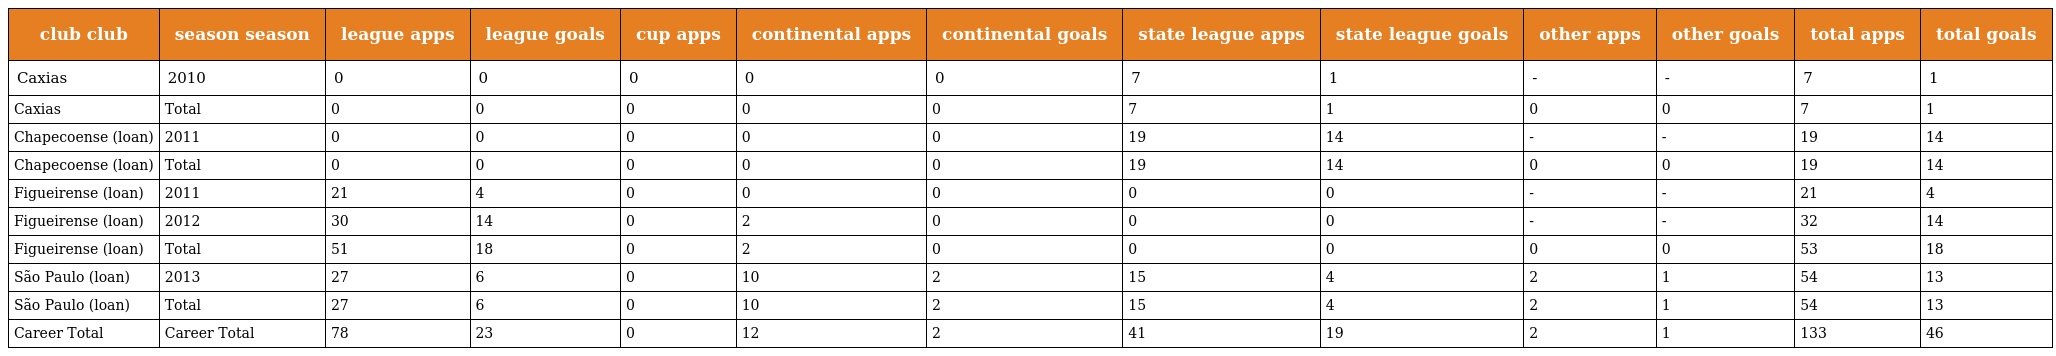
| club club | season season | league apps | league goals | cup apps | continental apps | continental goals | state league apps | state league goals | other apps | other goals | total apps | total goals |
 | --- | --- | --- | --- | --- | --- | --- | --- | --- | --- | --- | --- | --- |
 | Caxias | 2010 | 0 | 0 | 0 | 0 | 0 | 7 | 1 | - | - | 7 | 1 |
 | Caxias | Total | 0 | 0 | 0 | 0 | 0 | 7 | 1 | 0 | 0 | 7 | 1 |
 | Chapecoense (loan) | 2011 | 0 | 0 | 0 | 0 | 0 | 19 | 14 | - | - | 19 | 14 |
 | Chapecoense (loan) | Total | 0 | 0 | 0 | 0 | 0 | 19 | 14 | 0 | 0 | 19 | 14 |
 | Figueirense (loan) | 2011 | 21 | 4 | 0 | 0 | 0 | 0 | 0 | - | - | 21 | 4 |
 | Figueirense (loan) | 2012 | 30 | 14 | 0 | 2 | 0 | 0 | 0 | - | - | 32 | 14 |
 | Figueirense (loan) | Total | 51 | 18 | 0 | 2 | 0 | 0 | 0 | 0 | 0 | 53 | 18 |
 | São Paulo (loan) | 2013 | 27 | 6 | 0 | 10 | 2 | 15 | 4 | 2 | 1 | 54 | 13 |
 | São Paulo (loan) | Total | 27 | 6 | 0 | 10 | 2 | 15 | 4 | 2 | 1 | 54 | 13 |
 | Career Total | Career Total | 78 | 23 | 0 | 12 | 2 | 41 | 19 | 2 | 1 | 133 | 46 |